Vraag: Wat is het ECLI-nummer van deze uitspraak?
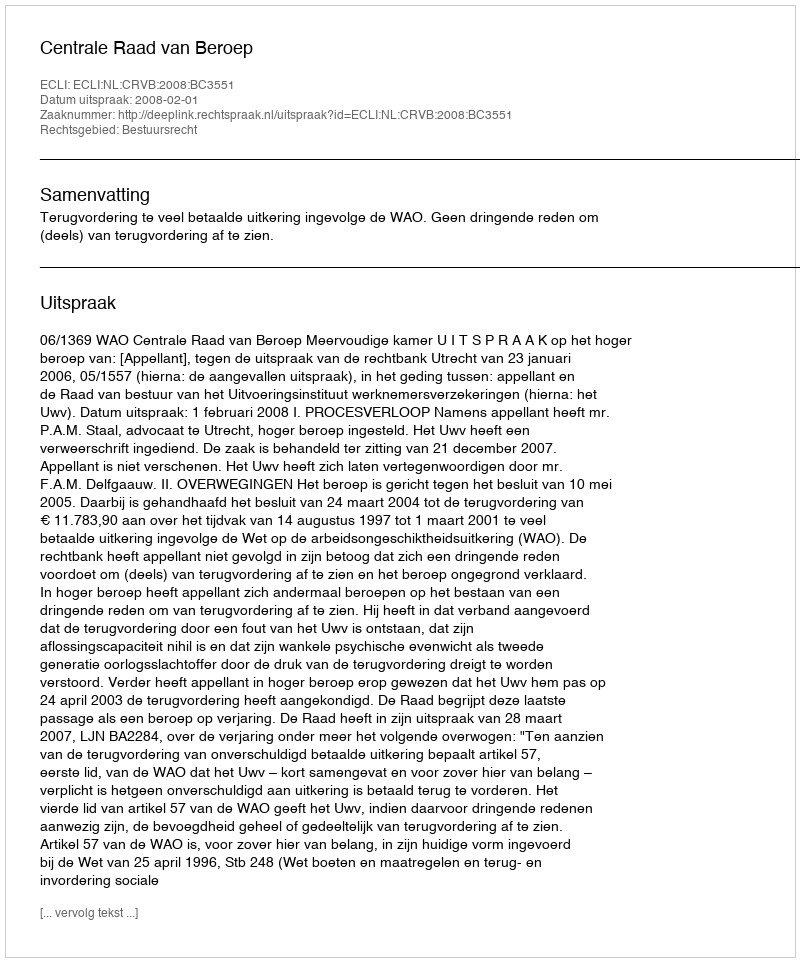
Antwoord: ECLI:NL:CRVB:2008:BC3551